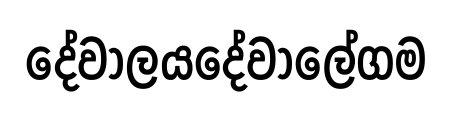
දේවාලයදේවාලේගම